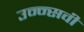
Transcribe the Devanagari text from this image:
उन्न्सवीं